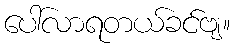
ပေါ်လာရတယ်ခင်ဗျ။